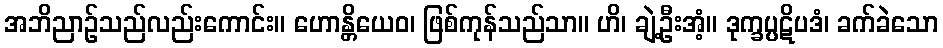
အဘိညာဉ်သည်လည်းကောင်း။ ဟောန္တိယေဝ၊ ဖြစ်ကုန်သည်သာ။ ဟိ၊ ချဲ့ဦးအံ့။ ဒုက္ခပ္ပဋိပဒံ၊ ခက်ခဲသော